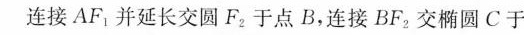
连接AF_{1}并延长交圆F_{2}于点B，连接BF_{2}交椭圆C于